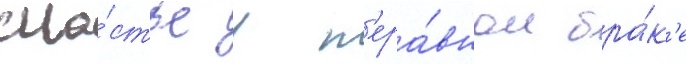
сча́стье в н'ера́вном бра́к'е